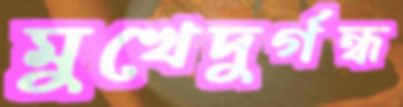
মুখেদুর্গন্ধ